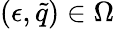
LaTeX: (\epsilon,\tilde{q})\in\Omega